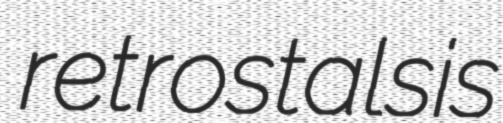
retrostalsis